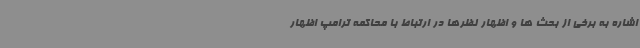
اشاره به برخی از بحث ها و اظهار نظرها در ارتباط با محاکمه ترامپ اظهار